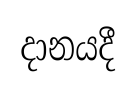
දානයදී